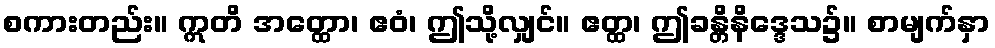
စကားတည်း။ ဣတိ အတ္ထော၊ ဧဝံ၊ ဤသို့လျှင်။ ဧတ္ထ၊ ဤခန္တိနိဒ္ဒေသ၌။ စာမျက်နှာ